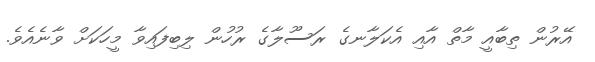
އޭރުން ތިބާއީ މާތް އާއި އެކަލާނގެ ރަސޫލާގެ ރުހުން ލިބިފައިވާ މީހަކަށް ވާނެއެވެ.